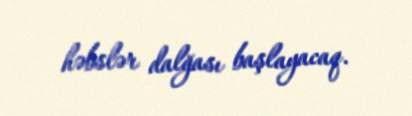
həbslər dalğası başlayacaq.